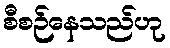
စီစဉ်နေသည်ဟု